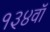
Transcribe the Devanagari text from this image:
१३४वॉ